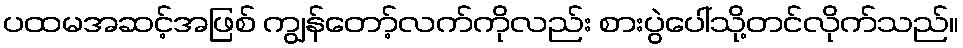
ပထမအဆင့်အဖြစ် ကျွန်တော့်လက်ကိုလည်း စားပွဲပေါ်သို့တင်လိုက်သည်။